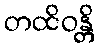
တထိဝန္တိ